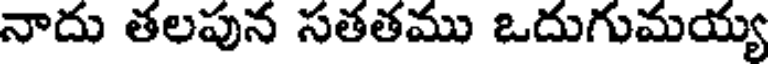
నాదు తలపున సతతము ఒదుగుమయ్య